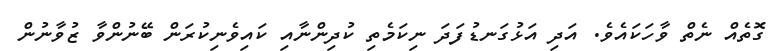
ގޮތެއް ނެތް ވާހަކައެވެ. އަދި އަޅުގަނޑުފަދަ ނިކަމެތި ކުދިންނާއި ކައިވެނިކުރަން ބޭނުންވާ ޒުވާނުން